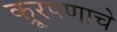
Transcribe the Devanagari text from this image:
क्रूरपणाचे